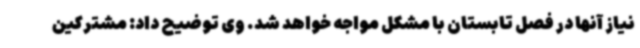
نیاز آنها در فصل تابستان با مشکل مواجه خواهد شد. وی توضیح داد: مشترکین